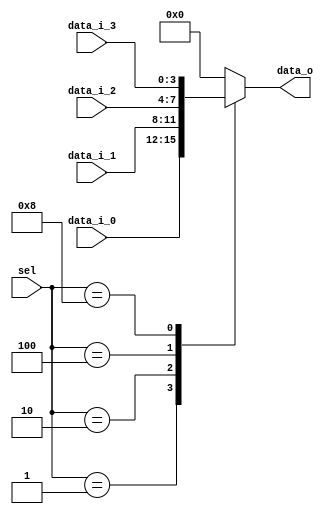
/****************************************************************************
 *   Copyright (c) 2023 Wenxu Cao
 *  
 *   Institution:      UESTC
 *   Version:          1.0
 *   Description:      This is a basic 4-way multiplexor
 *
*****************************************************************************/

module mux_4 #(
    parameter       DATA_WIDTH = 4
)(
    input       wire        [3:0]                   sel,

    input       wire        [DATA_WIDTH-1 : 0]      data_i_0,       
    input       wire        [DATA_WIDTH-1 : 0]      data_i_1,       
    input       wire        [DATA_WIDTH-1 : 0]      data_i_2,       
    input       wire        [DATA_WIDTH-1 : 0]      data_i_3,

    output      wire        [DATA_WIDTH-1 : 0]      data_o      
);

reg [DATA_WIDTH-1 : 0] _data_o;

always@(*) begin
    case(sel)
        4'b0001:        _data_o = data_i_0;
        4'b0010:        _data_o = data_i_1;
        4'b0100:        _data_o = data_i_2;
        4'b1000:        _data_o = data_i_3;
        default:        _data_o = 0;
    endcase
end

assign data_o = _data_o;

endmodule